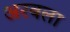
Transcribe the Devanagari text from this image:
अरबला